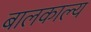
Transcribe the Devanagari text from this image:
बालकाल्य